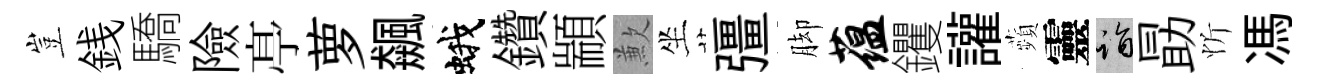
豈銭驕險𠅘萝飆蛾鑽顓歉坐彊脚蕴钁讙蘋靈诣勗忻馮